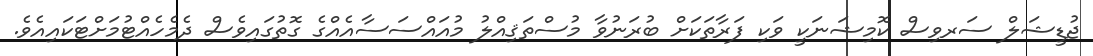
ޖުޑީޝަލް ސަރވިސް ކޮމިޝަނަކީ ވަކި ފަރާތަކަށް ބުރަނުވާ މުސްތަޤިއްލު މުއައްސަސާއެއްގެ ގޮތުގައިވެސް ދެމެހެއްޓުމަށްޓަކައިއެވެ.